Vaccination North-Western Provinces and Oudh 1896-1901 - 1896-1901
Year: 1896
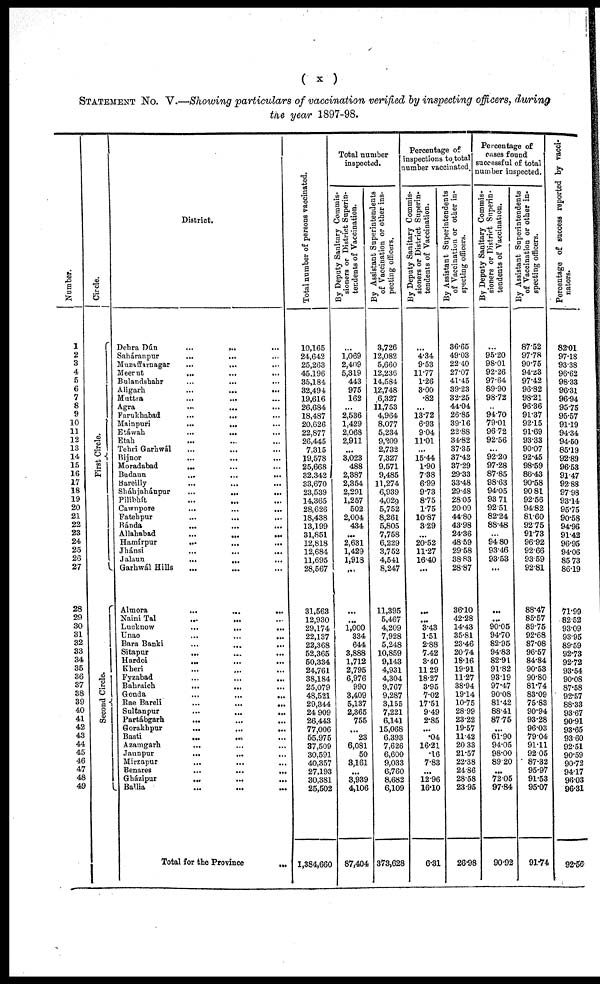
( x )
STATEMENT No. V.—Showing particulars of vaccination verified by inspecting officers, during
the year 1897-98.
Number.
1
2
3
4
5
6
7
8
9
10
11
12
13
14
15
16
17
18
19
20
21
22
23
24
25
26
27
28
29
30
31
32
33
34
35
36
37
38
39
40
41
42
43
44
45
46
47
48
49
Circle.
First Circle.
Second Circle.
District.
Dehra Dún
...
... ...
Saháranpur
...
... ...
Muzaffanagar ... ... ...
Meerut
...
...
...
Bulandshahr
...
...
...
Aligarh
...
...
...
Muttra ... ... ...
Agra
...
...
...
Farukhabad
...
... ...
Mainpuri
...
... ...
Etáwah
...
... ...
Etah ... ... ...
Tehri Garhwál ... ... ...
Bijnor ... ... ...
Moradabad
... ... ...
Budaun
...
...
...
Bareilly
...
...
...
Sháhjahánpur
...
... ...
Pilibhít ... ... ...
Cawnpore
...
...
...
Fatehpur ... ... ...
Bánda
...
...
...
Allahabad
...
...
...
Hamírpur ... ... ...
Jhánsi
...
...
...
Jalaun
...
...
...
Garhwál Hills ... ... ...
Almora
...
...
...
Naini Tal ... ... ...
Lucknow
...
...
...
Unao
...
...
...
Bara Banki ... ... ...
Sitapur
... ... ...
Hardoi
...
...
...
Kheri ... ... ...
Fyzabad
...
...
...
Bahraich
...
...
...
Gonda
...
...
...
Rae Bareli
...
...
...
Sultanpur
...
...
...
Partábgarh
...
...
...
Gorakhpur
...
...
...
Basti ... ... ...
Azamgarh
... ... ...
Jaunpur
...
...
...
Mirzapur ... ... ...
Benares
...
...
...
Gházipur
...
...
...
Ballia ... ... ...
Total for the Province
...
Total number of persons vaccinated.
10,165
24,642
25,263
45,196
35,184
32,494
19,616
26,684
18,487
20,626
22,877
26,445
7,315
19,578
25,668
32,342
33,670
23,539
14,365
28,626
18,438
13,199
31,851
12,818
12,684
11,695
28,567
31,563
12,930
29,174
22,137
22,368
52,365
50,334
24,761
38,184
25,079
48,521
29,344
24,909
26,443
77,006
55,975
37,509
30,591
40,357
27,193
30,381
25,502
1,384,660
Total number
inspected.
By Deputy Sanitary Commis-
sioners or District Superin-
tendents of Vaccination.
...
1,069
2,409
5,319
443
975
162
...
2,536
1,429
2,068
2,911
...
3,023
488
2,387
2,354
2,291
1,257
502
2,004
434
...
2,631
1,429
1,918
...
...
...
1,000
334
644
3,888
1,712
2,795
6,976
990
3,409
5,137
2,365
755
...
23
6,081
50
3,161
...
3,939
4,106
87,404
By Assistant Superintendents
of Vaccination or other ins-
pecting officers.
3,726
12,082
5,660
12,236
14,584
12,748
6,327
11,753
4,964
8,077
5,234
9,209
2,732
7,327
9,571
9,485
11,274
6,939
4,029
5,752
8,261
5,805
7,758
6,229
3,752
4,541
8,247
11,395
5,467
4,209
7,928
5,248
10,859
9,143
4,931
4,304
9,767
9,287
3,155
7,221
6,141
15,068
6,393
7,626
6,600
9,033
6,760
8,682
6,109
373,628
Percentage of
inspections to total
number vaccinated.
By Deputy Sanitary Commis-
sioners or District Superin¬
tendents of Vaccination.
...
4.34
9.53
11.77
1.26
3.00
.82
...
13.72
6.93
9.04
11.01
...
15.44
1.90
7.38
6.99
9.73
8.75
1.75
10.87
3.29
...
20.52
11.27
16.40
...
...
...
3.43
1.51
2.88
7.42
3.40
11.29
18.27
3.95
7.02
17.51
9.49
2.85
...
.04
16.21
.16
7.83
...
12.96
16.10
6.31
By Assistant Superintendents
of Vaccination or other in-
specting officers.
36.65
49.03
22.40
27.07
41.45
39.23
32.25
44.04
26.85
39.16
22.88
34.82
37.35
37.42
37.29
29.33
33.48
29.48
28.05
20.09
44.80
43.98
24.36
48.59
29.58
38.83
28.87
36.10
42.28
14.43
35.81
23.46
20.74
18.16
19.91
11.27
38.94
19.14
10.75
28.99
23.22
19.57
11.42
20.33
21.57
22.38
24.86
28.58
23.95
26.98
Percentage of
cases found
successful of total
number inspected.
By Deputy Sanitary Commis-
sioners or District Superin-
tendents of Vaccination.
...
95.20
98.01
92.26
97.64
89.90
98.72
...
94.70
79.01
96.72
92.56
...
92.20
97.28
87.85
98.63
94.05
93. 71
92.51
82.24
88.48
...
94. 80
93.46
93.53
...
...
...
90.05
94.70
82.95
94.83
82.91
91.82
93.19
97.47
90.08
81.42
88.41
87.75
...
61.90
94.05
98.00
89.20
...
72.05
97.84
90.92
By Assistant Superintendents
of Vaccination or other in-
specting officers.
87.52
97.78
90.75
94.23
97.42
96.82
98.21
96.36
91.37
92.15
91.69
93.33
90.07
92.45
98.59
86.43
90.58
90.81
92.56
94.82
81.60
92.75
91.73
96.92
92.66
93.59
92.81
88.47
85.57
89.75
92.68
87.08
96.57
84.84
90.53
90.80
81.74
83.09
75.83
90.94
93.28
96.03
79.04
91.11
92.05
87.32
95.97
91.53
95.07
91.74
Percentage of success reported by vacci¬
nators.
82.01
97.18
93.38
96.62
98.33
96.31
96.94
95.75
95.57
91.19
94.34
94.50
85.19
92.89
96.53
91.47
92.88
97.98
93.14
95.75
90.58
94.96
91.42
96.95
94.06
85.73
86.19
71.99
82.52
93.09
93.95
89.59
92.73
92.72
93.54
90.08
87.58
92.57
88.33
93.67
90.91
93.65
93.60
92.51
90.59
90.72
94.17
96.03
96.31
92.56